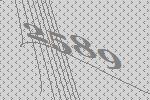
2589